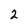
Character: 2